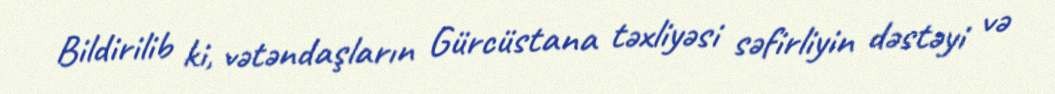
Bildirilib ki, vətəndaşların Gürcüstana təxliyəsi səfirliyin dəstəyi və